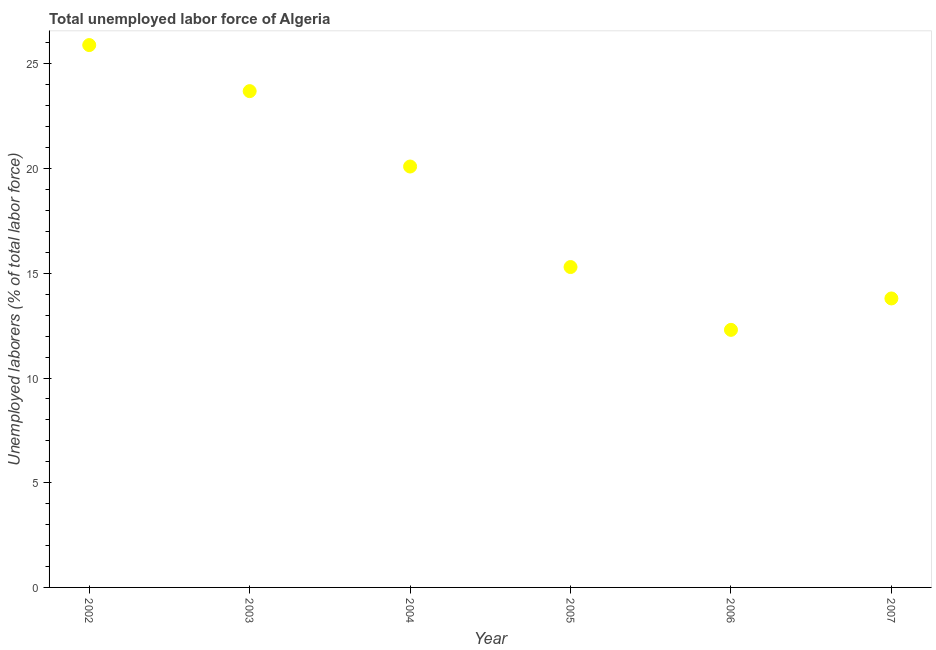
| Year | Unemployment total |
 | --- | --- |
 | 2002 | 25.9 |
 | 2003 | 23.7 |
 | 2004 | 20.1 |
 | 2005 | 15.3 |
 | 2006 | 12.3 |
 | 2007 | 13.8 |